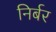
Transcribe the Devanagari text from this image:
निर्बर